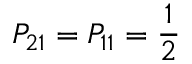
P _ { 2 1 } = P _ { 1 1 } = \frac { 1 } { 2 }